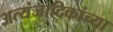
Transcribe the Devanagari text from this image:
अत्यंजादिकांच्या